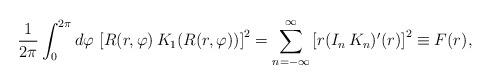
LaTeX: \begin{align*}{1 \over 2\pi}\int_0^{2\pi} d\varphi \, \left[ R(r,\varphi) \, K_1(R(r,\varphi) ) \right]^2 = \sum_{n=-\infty}^{\infty} \left[ r (I_n \, K_n )'(r) \right]^2 \equiv F(r) ,\end{align*}